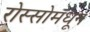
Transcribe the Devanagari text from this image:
रोस्सोमधून